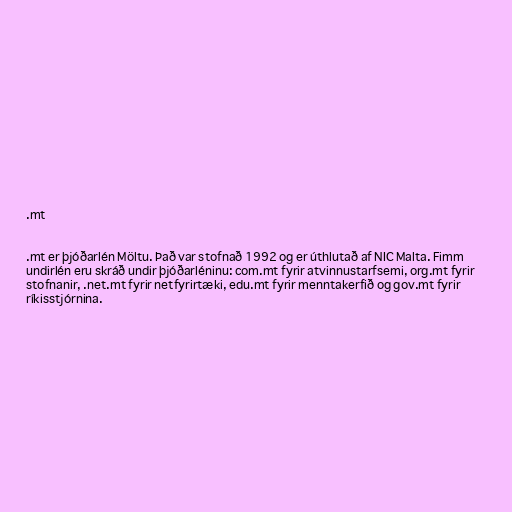
.mt

.mt er þjóðarlén Möltu. Það var stofnað 1992 og er úthlutað af NIC Malta. Fimm
undirlén eru skráð undir þjóðarléninu: com.mt fyrir atvinnustarfsemi, org.mt fyrir
stofnanir, .net.mt fyrir netfyrirtæki, edu.mt fyrir menntakerfið og gov.mt fyrir
ríkisstjórnina.